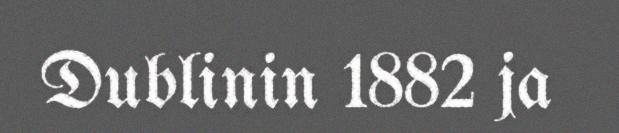
Dublinin 1882 ja